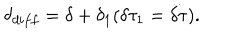
\delta _ { d i f f } = \delta + \delta _ { 1 } ( \delta \tau _ { 1 } = \dot { \delta \tau } ) .